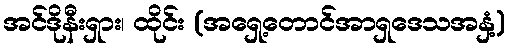
အင်ဒိုနီးရှား၊ ထိုင်း (အရှေ့တောင်အာရှဒေသအနှံ့)